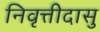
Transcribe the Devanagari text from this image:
निवृत्तीदासु